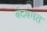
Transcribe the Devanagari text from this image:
बंदबमत